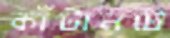
কাঁটানটে